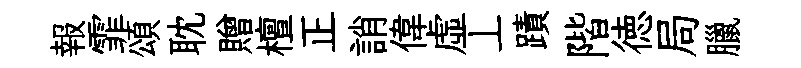
報霏頌耽贈檀正誚偉虛丄蹟階徳局臘